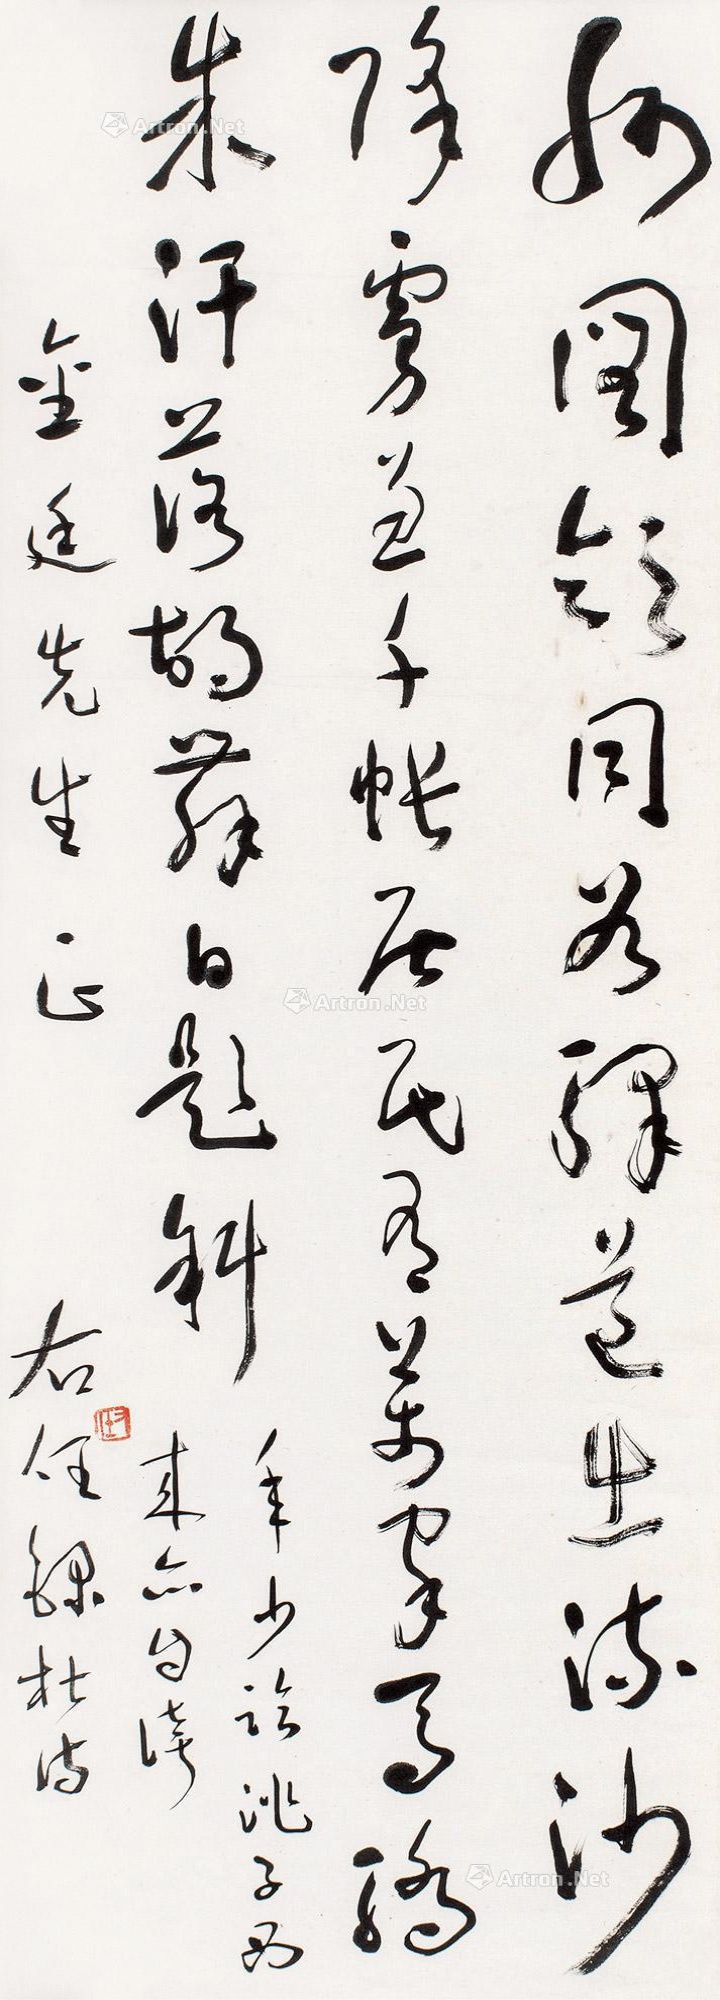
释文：州图领同谷，驿道出流沙。降虏兼千帐，居民有万家。马骄珠汗落，胡舞白题斜。年少临洮子，西来亦自夸。金廷先生正，右任录杜诗。